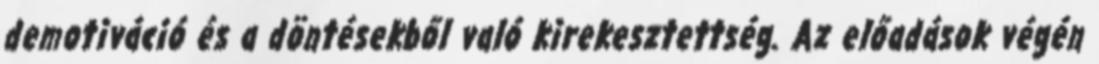
demotiváció és a döntésekből való kirekesztettség. Az előadások végén